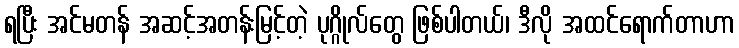
ရပြီး အင်မတန် အဆင့်အတန်းမြင့်တဲ့ ပုဂ္ဂိုလ်တွေ ဖြစ်ပါတယ်၊ ဒီလို အထင်ရောက်တာဟာ